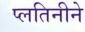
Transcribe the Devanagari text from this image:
प्लतिनीने